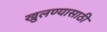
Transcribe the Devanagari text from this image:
खुलण्यासाठी